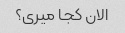
الان کجا میری؟